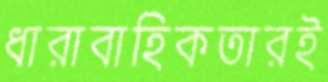
ধারাবাহিকতারই